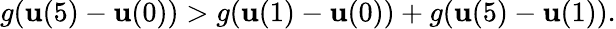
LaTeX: g(\mathbf{u}(5)-\mathbf{u}(0))>g(\mathbf{u}(1)-\mathbf{u}(0))+g(\mathbf{u}(5)-\mathbf{u}(1)).